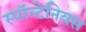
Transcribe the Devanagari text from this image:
स्पॉन्टेनियस